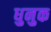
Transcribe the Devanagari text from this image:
धुनुक